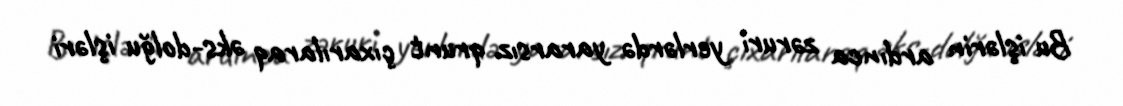
Bu işlərin ardınca zəruri yerlərdə yararsız qrunt çıxarılaraq əks-dolğu işləri